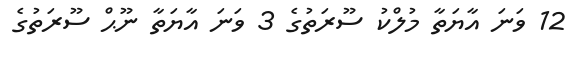
12 ވަނަ އާޔަތާ މުލްކު ސޫރަތުގެ 3 ވަނަ އާޔަތާ ނޫޙް ސޫރަތުގެ